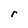
Character: r